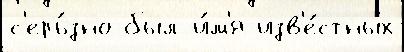
с'ерь́зно был и́м'я изв'е́стных